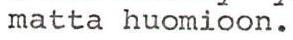
matta huomioon.